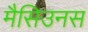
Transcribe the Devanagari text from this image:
मैसिउनस